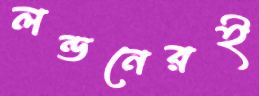
লন্ডনেরই